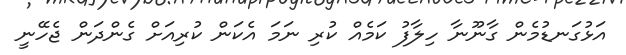
އަޅުގަނޑުމެން ގާނޫނާ ހިލާފު ކަމެއް ކުރި ނަމަ އެކަން ކުރިއަށް ގެންދަން ޖެހޭނީ